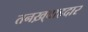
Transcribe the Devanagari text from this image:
तनख़्वाहदार